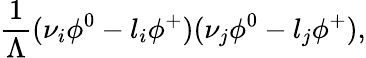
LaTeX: {\frac{1}{\Lambda}}(\nu_{i}\phi^{0}-l_{i}\phi^{+})(\nu_{j}\phi^{0}-l_{j}\phi^{+}),